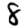
Digit: 8